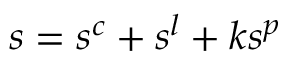
s = s ^ { c } + s ^ { l } + k s ^ { p }